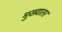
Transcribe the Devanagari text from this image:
मुख्यातर